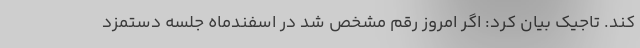
کند. تاجیک بیان کرد: اگر امروز رقم مشخص شد در اسفندماه جلسه دستمزد